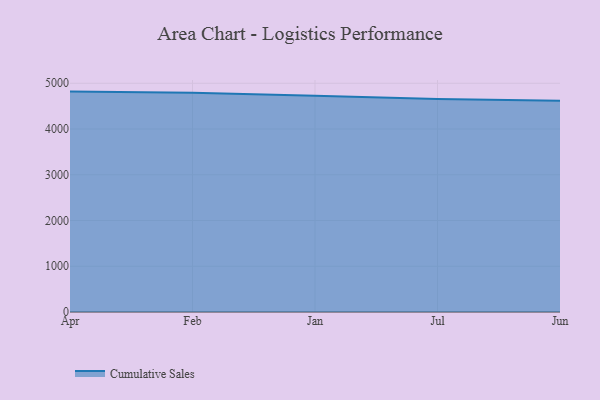
{"axis": {"x": "Month", "y": "Revenue (USD Million)"}, "legend": ["Cumulative Sales"], "data": [{"x": "Apr", "y": 4817.6, "type": "Cumulative Sales"}, {"x": "Feb", "y": 4792.7, "type": "Cumulative Sales"}, {"x": "Jan", "y": 4728.7, "type": "Cumulative Sales"}, {"x": "Jul", "y": 4653.4, "type": "Cumulative Sales"}, {"x": "Jun", "y": 4615.1, "type": "Cumulative Sales"}]}